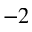
^ { - 2 }